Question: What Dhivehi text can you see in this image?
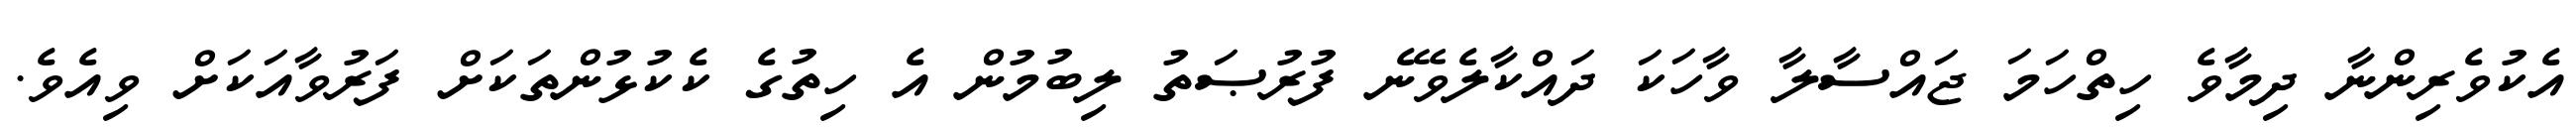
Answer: އެކުވެރިންނާ ދިމާވެ ހިތްހަމަ ޖައްސާލާ ވާހަކަ ދައްކާލެވޭނެ ފުރުޞަތު ލިބުމުން އެ ހިތުގެ ކެކުޅުންތަކަށް ފަރުވާއަކަށް ވިއެވެ.